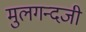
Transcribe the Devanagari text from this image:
मुलगन्दजी